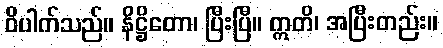
ဝိပါက်သည်။ နိဋ္ဌိတော၊ ပြီးပြီ။ ဣတိ၊ အပြီးတည်း။